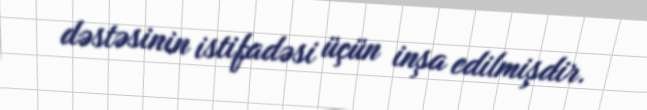
dəstəsinin istifadəsi üçün inşa edilmişdir.